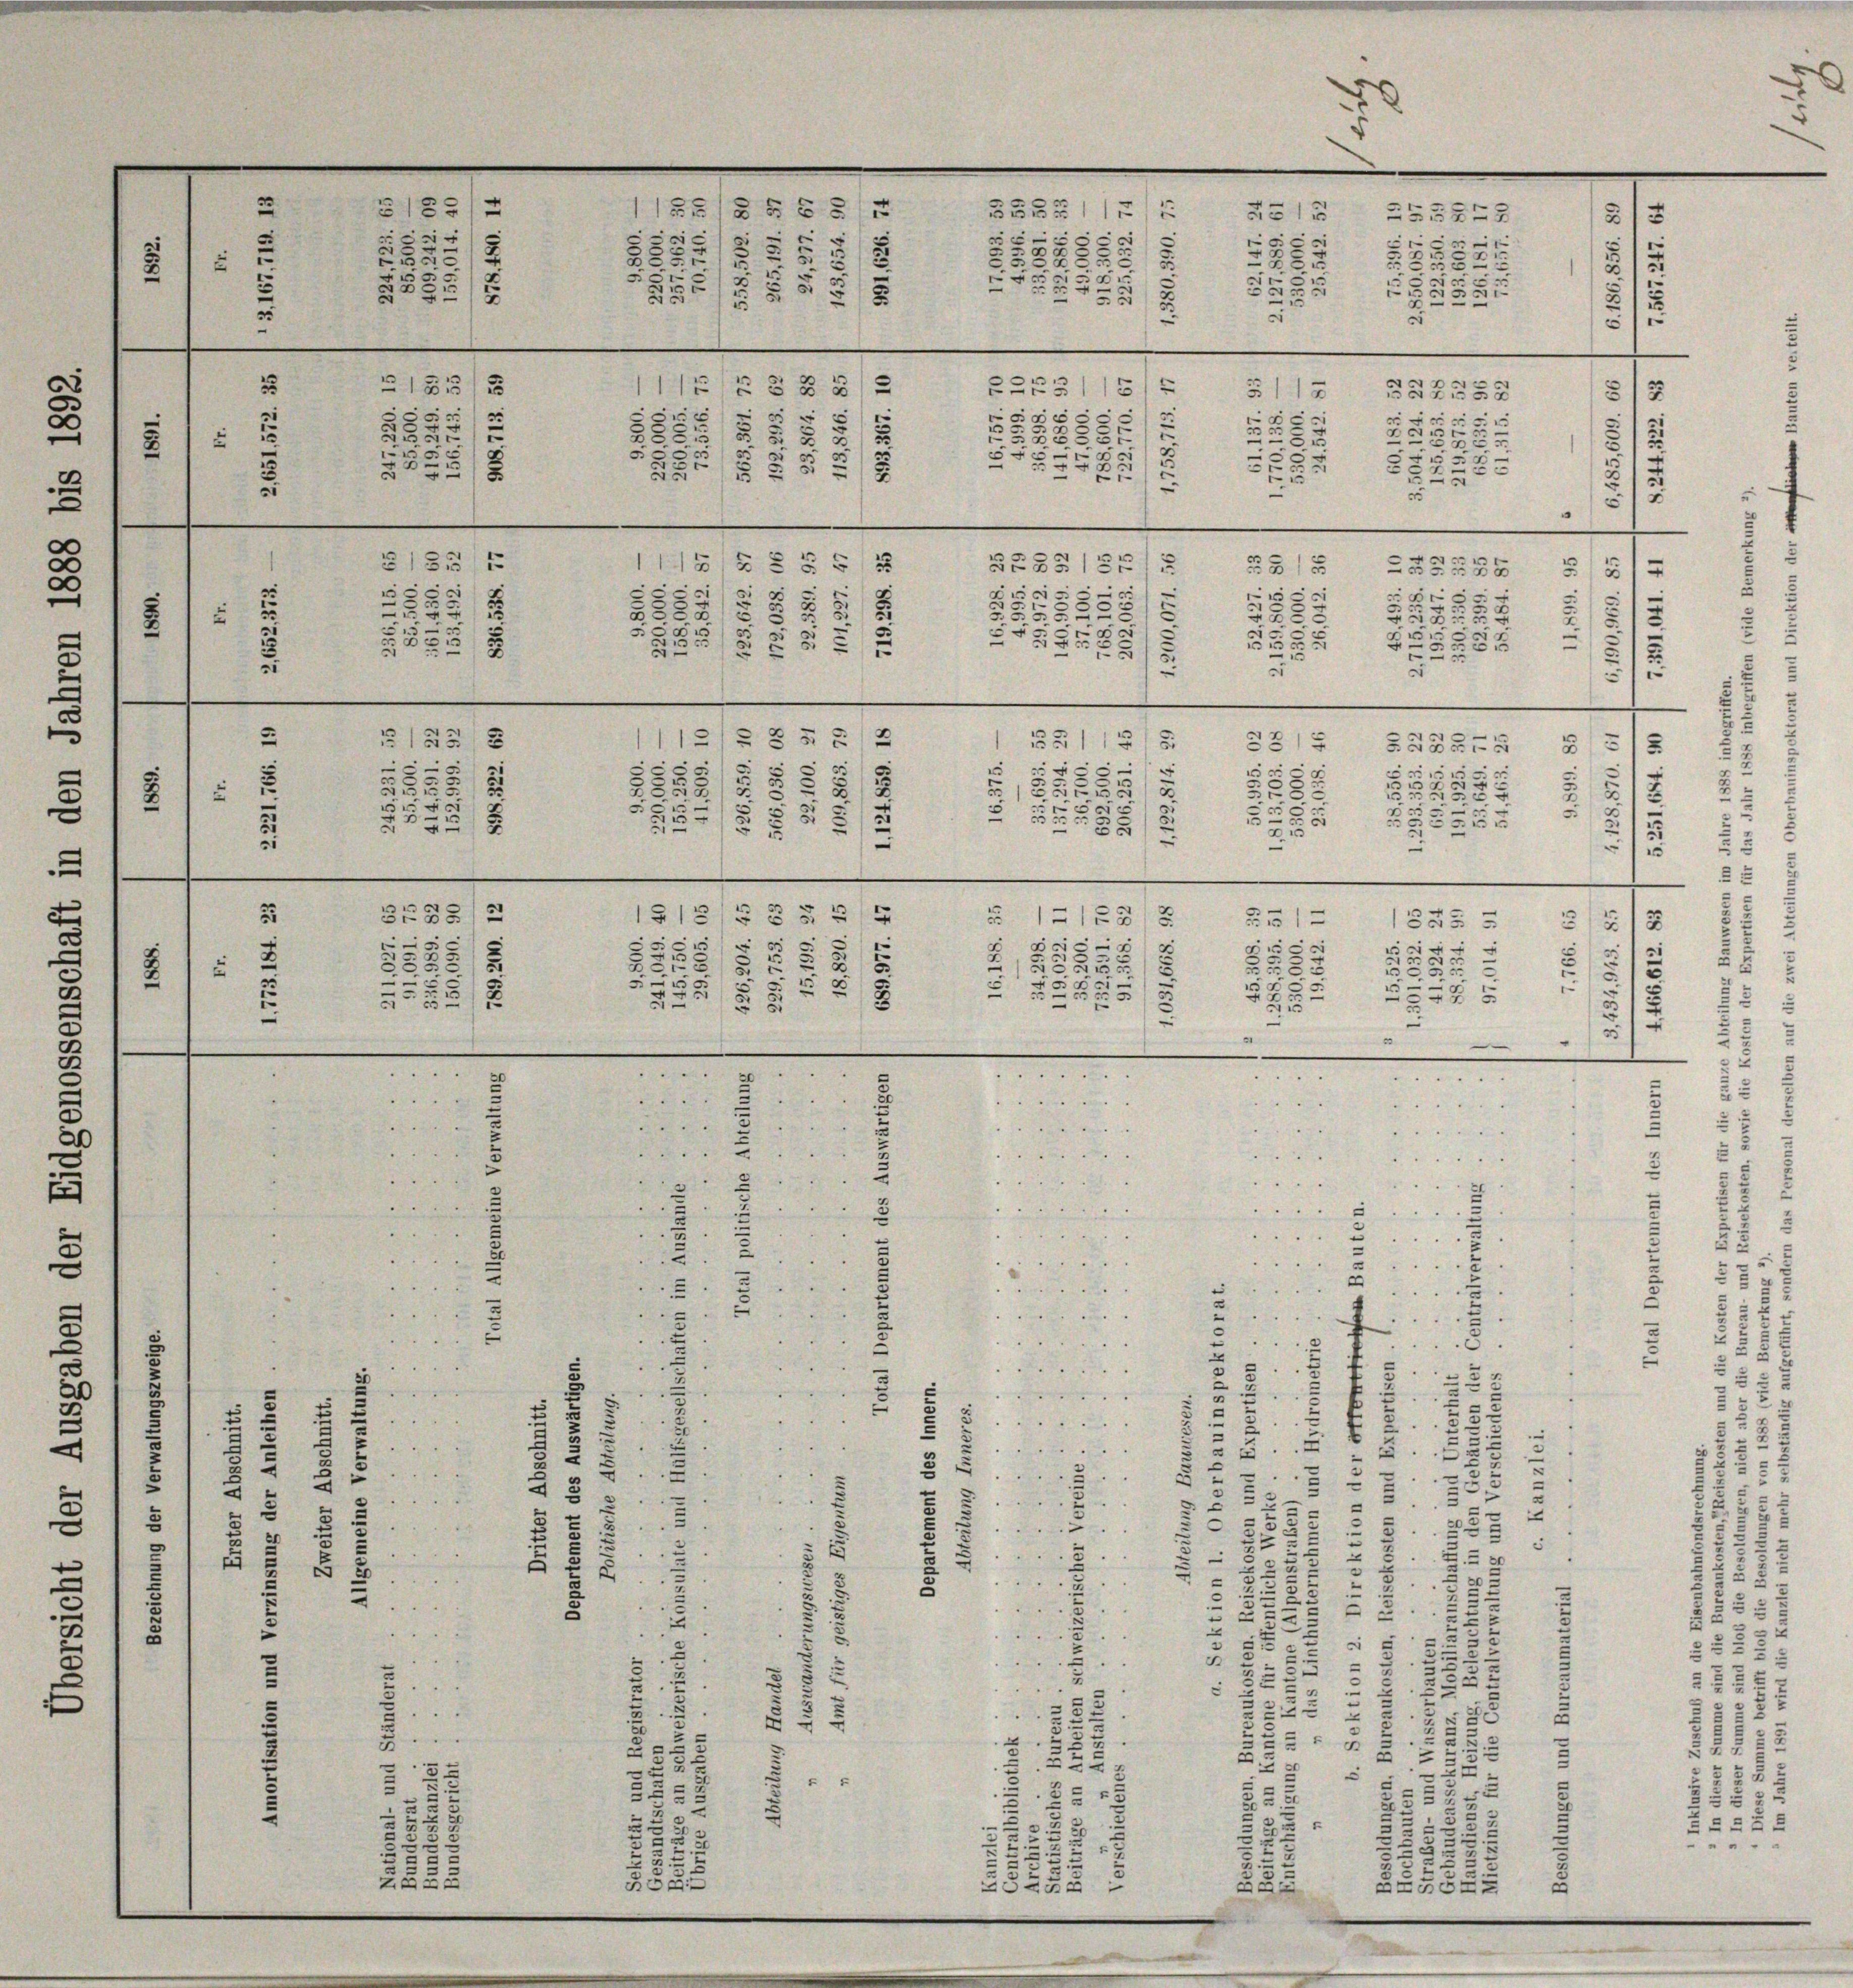
.
D
0

u
F

2
2
25
u
2
l
.
1
x

2
¬
2
1

u
n
5

135/3 §§ 512
e
e
e
1
55
8.
.
1
¬
s
1
5
3
2
2
3
11152 § 832
¬
c
2
.
28
5
2
5
3
3
1
 55 x
s
3
4
1
x
51355
113/3 5 555
315
SE8515

e
u
d

c
2
1
2
 8
.
5
u
1
8
2
2
8
 55 x
u
5
xx

.
5
s
d
5
2
i
2
x
 515

 0 x
1
53
e
e
8
“
5
i
1
r
5
“
15115
1113/3 5 522
 153
x
s
e
.
d
.
.
e
s
x
55
u
u
2
3
i
5
.

5.
2
i
2
58
2
s
e
u
3
1
Se
5
0
2
1
2
5

222
.
2
2
5
e
2
5
i
e
3785/2
1513/G §§ 55
3
12158
5m 12
.
¬
e
5
x

g
1
s
5
1
5
2
h

u
xx
2

3

u
x
u
e
1

2
2
2
5

22
3
2
§ 87
2

.
g
.
3
u
e
5
¬
e
d
d
e
u
E
e
r
.
1
u
r
"
g

3

e
3
2
Z

2

e

5
.
2

2
2
i die
5
2
.
1
.
r
5
5

2
t
f
oder
¬
5

d
e
4
5
.
55

.
“

.

3
.
.
2
5
2
2
3
5
.
d
 2
52
.
“
5
.
5
.
2
3
u
u
5
3
"
d
.
.
e
¬
e
3

5
2

3
2
5
2
2
.
i
u
.
e
.
2
2
5
s
2
2
2
3
.
-
e
3
e
2
.
.
5
2
5
5
3
3
2
2
.
2
.
5
x
5
.

.
d
 §. 2.
5
5
 55
2
2
i
5
227

.
¬
5
2
157
3
2
3
x
5
5
5
“
d
2
2
.
“
5
23

2

2
7
2.
32
5.
52.
5 u

35
E
Ge

3183
.
e
1
5
5
2254
e
1323
29
55.
42 x

1

6
20
u
d
.

2

52212
255743
2315
2
e
e
.
i
e
e
25
2
¬
1
5
.
.
2
 0 x
3
x
c
e
1
u
2
x
2
1
e
22231)
 255
6
c
B
 45 x
¬
1
1

u
57
5
259
28
s
.
.
.

s
5
u
9
c
5523
1
i
e
1
.
—
.

g
r

¬
5
2
u

g

3
e
u
5 40 x
5
Brig
1
5

2

c
-
.
2
2
5
.
5
0
2
5. 665. 15
5
u
1
n

2
x
.
85
3
 x
e
.
u
8
e
3
2
Seis
1
d
s
5
e
u
e
s
35
2
2
2
.
3
.
—
2
e

u
e
n

.

23.
25

5
2
e
5112

2
2
2
2
x
2
I

“
13
1
1
1

2

2
2
23
2
s 5
2
u
2
23
2
23
.
§ 22
2335

22
5
557
 0 x
s
5
52
35 f 2 x

555
x
.
.
§ 55
5525
 . . . .

5